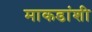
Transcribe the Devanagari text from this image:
माकडांशी